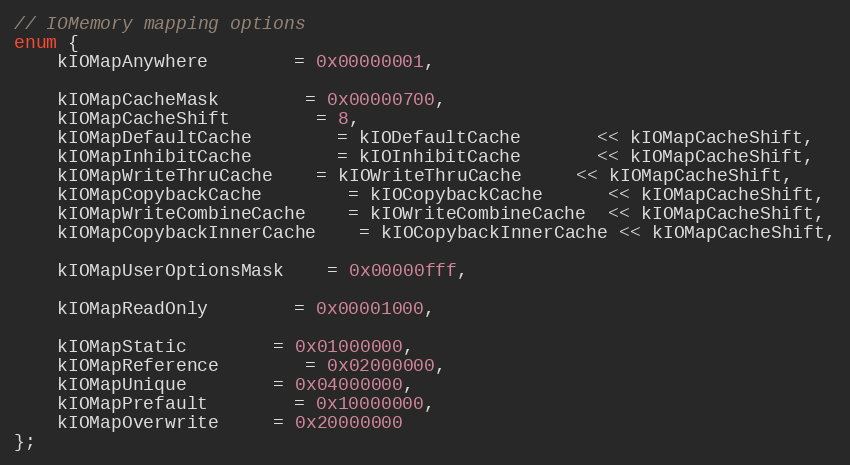
Language: C
// IOMemory mapping options
enum {
    kIOMapAnywhere		= 0x00000001,

    kIOMapCacheMask		= 0x00000700,
    kIOMapCacheShift		= 8,
    kIOMapDefaultCache		= kIODefaultCache       << kIOMapCacheShift,
    kIOMapInhibitCache		= kIOInhibitCache       << kIOMapCacheShift,
    kIOMapWriteThruCache	= kIOWriteThruCache     << kIOMapCacheShift,
    kIOMapCopybackCache		= kIOCopybackCache      << kIOMapCacheShift,
    kIOMapWriteCombineCache	= kIOWriteCombineCache  << kIOMapCacheShift,
    kIOMapCopybackInnerCache	= kIOCopybackInnerCache << kIOMapCacheShift,

    kIOMapUserOptionsMask	= 0x00000fff,

    kIOMapReadOnly		= 0x00001000,

    kIOMapStatic		= 0x01000000,
    kIOMapReference		= 0x02000000,
    kIOMapUnique		= 0x04000000,
    kIOMapPrefault		= 0x10000000,
    kIOMapOverwrite     = 0x20000000
};